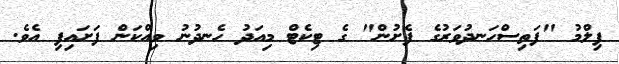
ފިލްމު "ފަތިސްހަނދުވަރުގެ ފެށުން" ގެ ޓިކެޓް މިއަދު ހެނދުނު ވިއްކަން ފަށައިފި އެވެ.